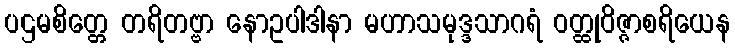
ပဌမစိတ္တေ တရိတဗ္ဗာ နောဥပါဒါနာ မဟာသမုဒ္ဒသာဂရံ ဝတ္ထုဝိဇ္ဇာစရိယေန